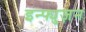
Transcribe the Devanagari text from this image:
इन्फ्युज़न